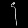
Digit: ၄